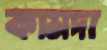
কামদা